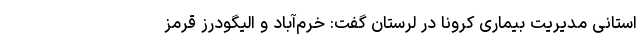
استانی مدیریت بیماری کرونا در لرستان گفت: خرم‌آباد و الیگودرز قرمز